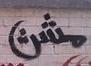
مشث